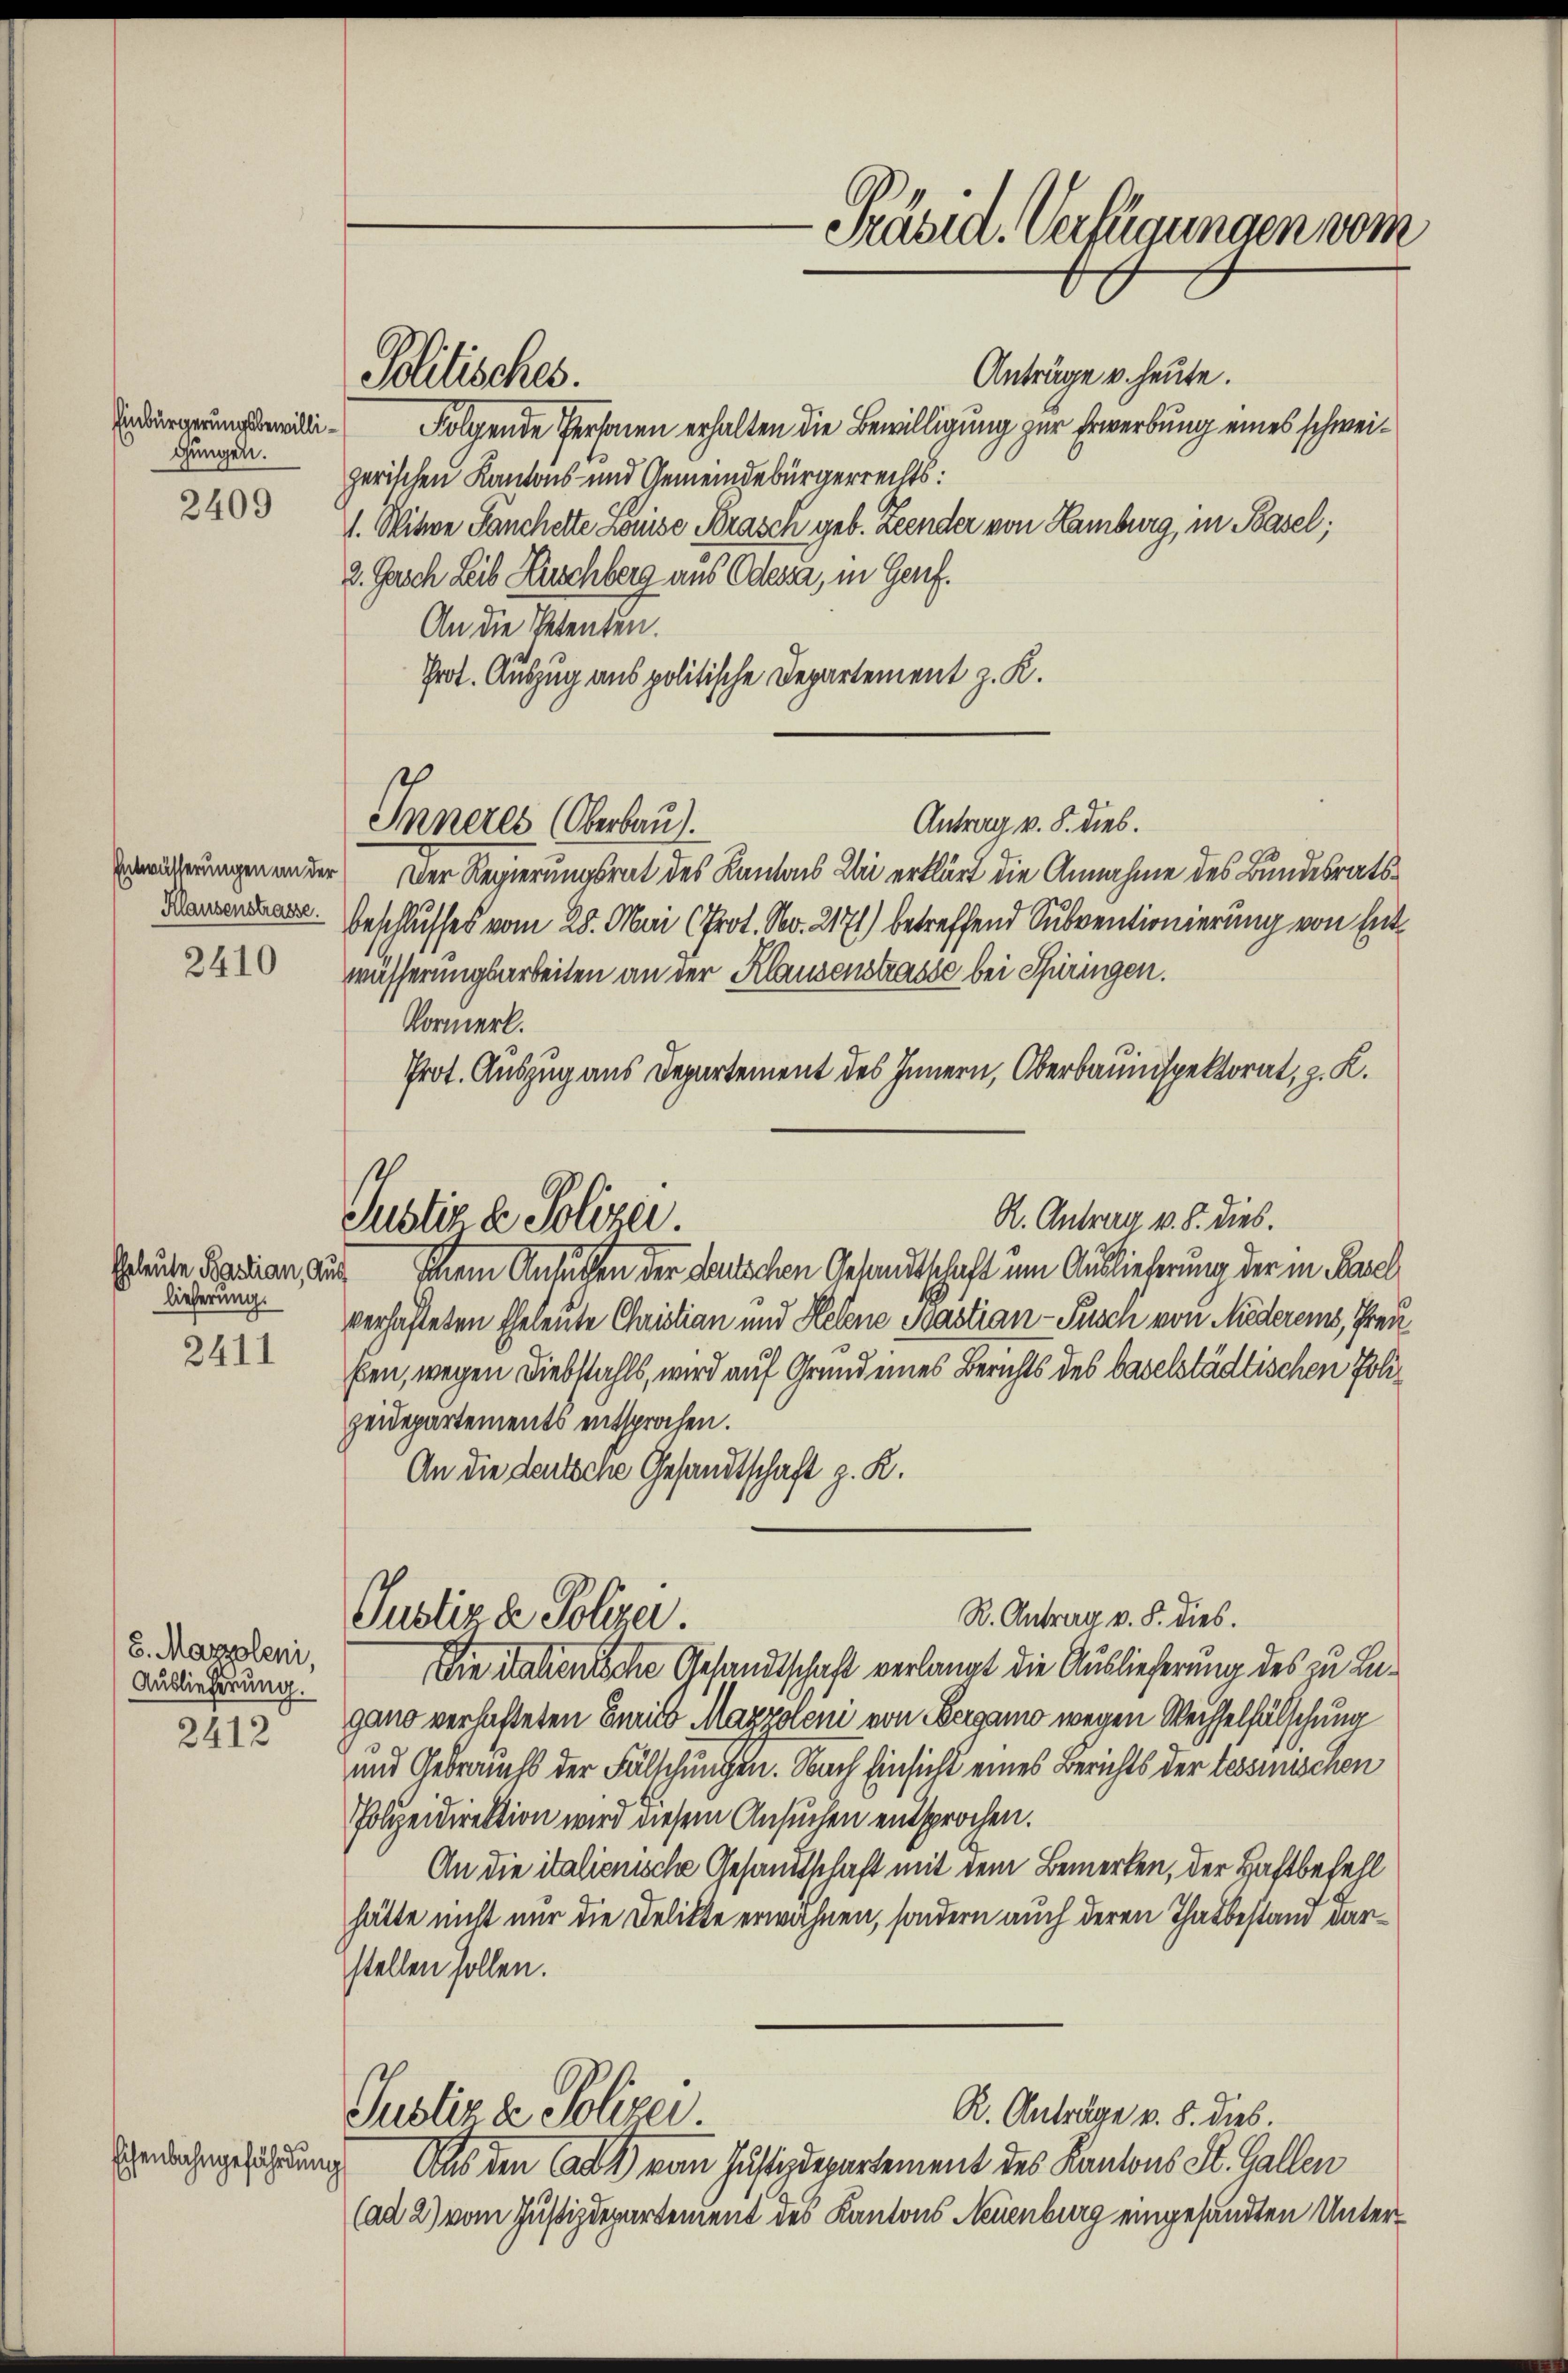
Einbürgerungsbewilligungen.

2409

Entwässerungen an der

2410

lieferung.

2411

8. Marzoleni,
Auslieferung.
2412

Eisenbahngefährdung

Pollisches.

Anträge u. heute.
Folgende Personen erhalten die Bewilligung zur Erwerbung eines schweizerischen Kantons- und Gemeindebürgerrechts:
1. Witwe Sänchelte Louise Brasch geb. Zeender von Hamburg, in Basel;
2. Pasch Leib Zuschberg aus Odessa, in Genf.
An die Petenten.
Prot. Auszug aus politische Departement z. K.
Antrag v. 8. dies.
Inneres (Oberbaut.
Der Regierungsrat des Kantons Uri erklärt die Annahme des Bundesrats¬
Marsenden Beschlusses vom 28. Mai (Prot. No. 2171) betreffend Subventionierung von Entwässerungsarbeiten an der Klausenstrasse bei Spiringen.
Vormerk.
Prot. Auszug aus Departement des Innern, Oberbauinspektorat, z. K.

Justiz & Polizei.

Publizie Polizer.

R. Antrag v. 8. dies.

Präsid. Verfügungen vom

Gleute Pension, der seinem Ansuchen der deutlichen Gesandtschaft um Auslieferung der in Basel
verhafteten Eheleute Christian und Helene Scastian-Pusch von Niederems, Freu
ben, wegen Diebstahls, wird auf Grund eines Berichts des baselstädtischen Johzeidepartements entsprochen.
An die deutsche Gesandtschaft z. K.

R. Antrag v. 5. dies.
Die italienische Gesandtschaft verlangt die Auslieferung des zu Lagano verhafteten Curiis Mazzoleni von Bergamo wegen Wechselfälschung
und Gebrauchs der Fälschungen. Nach Einsicht eines Berichts der Tessinischen
Polizeidirektion wird diesem Ansuchen entsprochen.
An die italienische Gesandtschaft mit dem Bemerken, der Haftbefehl
hätte nicht nur die Delikte erwähnen, sondern auch deren Thatbestand darstellen sollen.
R. Anträge v. 8. dies.
Justiz & Polizei.
Aus den Carl vom Justizdepartement des Kantons St. Gallen
(ad 2) vom Justizdepartenient des Kantons Neuenburg eingesandten Unter¬